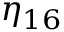
\eta _ { 1 6 }